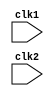
module mips_pipe (clk1, clk2);

	input clk1, clk2;
	
	reg [31:0] PC, IF_ID_IR, IF_ID_NPC; 
	reg [31:0] ID_EX_IR, ID_EX_NPC, ID_EX_A, ID_EX_B, ID_EX_Imm;
	reg [2:0] ID_EX_type, EX_MEM_type, MEM_WB_type;
	reg [31:0] EX_MEM_IR, EX_MEM_ALUout, EX_MEM_B;
	reg EX_MEM_cond;
	reg [31:0] MEM_WB_IR, MEM_WB_ALUout, MEM_WB_LMD;
	
	reg [31:0] Reg [0:31]; // register bank
	reg [31:0] Mem [0:1023]; // memory
	
	parameter ADD = 6'b000000, SUB = 6'b000001, AND = 6'b000010, OR = 6'b000011, SLT = 6'b000100, MUL = 6'b000101, HLT = 6'b111111,LW = 6'b001000,SW=6'b001001, ADDI = 6'b001010, SUBI = 6'b001011, SLTI = 6'b001100, BNEQZ = 6'b001101, BEQZ = 6'b001110;
	
	parameter RR_ALU = 3'b000, RM_ALU = 3'b001, LOAD = 3'b010, STORE = 3'b011, BRANCH = 3'b100, HALT = 3'b101;

	reg HALTED;
	reg TAKEN_BRANCH;
	
	
	always @ (posedge clk1)				// IF Stage
		if (HALTED == 0)
		begin
			if (((EX_MEM_IR[31:26] == BEQZ) && (EX_MEM_cond == 1)) ||
				((EX_MEM_IR[31:26] == BNEQZ) && (EX_MEM_cond == 0)))
				// basically if we are branching
				begin
					IF_ID_IR <= #2 Mem[EX_MEM_ALUout];
					TAKEN_BRANCH <= #2 1'b1;
					IF_ID_NPC <= #2 EX_MEM_ALUout + 1;
					PC <= #2 EX_MEM_ALUout + 1;
				end
			else
				begin
					IF_ID_IR <= #2 Mem[PC];
					IF_ID_NPC <= #2 PC + 1;
					PC <= #2 PC + 1;
				end
		end
		
	
	always @ (posedge clk2)				// ID Stage
	// decode instruction, pre-fetch source registers, sign extend 16 bit offset
		if (HALTED == 0)
		begin
			if (IF_ID_IR[25:21] == 5'b00000) ID_EX_A <= 0;
			// first 6 bits opcode, next 5 bits specify rs
			// in MIPS 32 we assume reg 0 contains zero and can"t store anything else
			else ID_EX_A <= #2 Reg[IF_ID_IR[25:21]]; // rs
			
			if (IF_ID_IR[20:16] == 5'b00000) ID_EX_B <= 0;
			else ID_EX_B <= #2 Reg[IF_ID_IR[20:16]]; // rt
			
			ID_EX_NPC <= #2 IF_ID_NPC;
			ID_EX_IR <= #2 IF_ID_IR;
			ID_EX_Imm <= #2 {{16{IF_ID_IR[15]}}, {IF_ID_IR[15:0]}};
			
			case (IF_ID_IR[31:26])
				ADD, SUB, AND, OR, SLT, MUL: ID_EX_type <= #2 RR_ALU;
				ADDI, SUBI, SLTI: ID_EX_type <= #2 RM_ALU;
				LW: ID_EX_type <= #2 LOAD;
				SW: ID_EX_type <= #2 STORE;
				BEQZ, BNEQZ: ID_EX_type <= #2 BRANCH;
				HLT: ID_EX_type <= #2 HALT;
				default: ID_EX_type <= #2 HALT;
			endcase
		end
			
	
	always @ (posedge clk1)			// EX Stage
		if (HALTED == 0)
		begin
			EX_MEM_type <= #2 ID_EX_type;
			EX_MEM_IR <= #2 ID_EX_IR;
			TAKEN_BRANCH <= #2 0; // reset taken branch to zero
			
			case (ID_EX_type)
				RR_ALU: begin
							case (ID_EX_IR[31:26]) // opcode
								ADD: EX_MEM_ALUout <= #2 ID_EX_A + ID_EX_B;
								SUB: EX_MEM_ALUout <= #2 ID_EX_A - ID_EX_B;
								AND: EX_MEM_ALUout <= #2 ID_EX_A & ID_EX_B;
								OR: EX_MEM_ALUout <= #2 ID_EX_A | ID_EX_B;
								SLT: EX_MEM_ALUout <= #2 ID_EX_A < ID_EX_B;
								MUL: EX_MEM_ALUout <= #2 ID_EX_A * ID_EX_B;
								default: EX_MEM_ALUout <= #2 32'hxxxxxxxx;
							endcase
						end
				RM_ALU: begin
							case (ID_EX_IR[31:26])
								ADDI: EX_MEM_ALUout <= #2 ID_EX_A + ID_EX_Imm;
								SUBI: EX_MEM_ALUout <= #2 ID_EX_A - ID_EX_Imm;
								SLTI: EX_MEM_ALUout <= #2 ID_EX_A < ID_EX_Imm;
								default: EX_MEM_ALUout <= #2 32'hxxxxxxxx;
							endcase
						end
				LOAD, STORE: begin
								EX_MEM_ALUout <= #2 ID_EX_A + ID_EX_Imm;
								EX_MEM_B <= #2 ID_EX_B;
							end
				BRANCH: begin
							EX_MEM_ALUout <= #2 ID_EX_NPC + ID_EX_Imm;
							EX_MEM_cond <= #2 (ID_EX_A == 0);
						end
			endcase
		end
		
	
	always @ (posedge clk2) 		// MEM Stage
		if (HALTED == 0)
		begin
			MEM_WB_type <= #2 EX_MEM_type;
			MEM_WB_IR <= #2 EX_MEM_IR;
			
			case (EX_MEM_type)
				RR_ALU, RM_ALU:
					MEM_WB_ALUout <= #2 EX_MEM_ALUout;
				LOAD: MEM_WB_LMD <= #2 Mem[EX_MEM_ALUout];
				STORE: if (TAKEN_BRANCH == 0) // disable write if taken branch is 1
							Mem[EX_MEM_ALUout] <= EX_MEM_B;
			endcase
		end
		
	
	always @ (posedge clk1) 			// WB Stage
		begin
			if (TAKEN_BRANCH == 0) // disable write if branch is taken
			// if branch is taken, there has been a branch instruction and we need to shut down the write commands, as the instructions are all dummy instructions. 
			case (MEM_WB_type)
				RR_ALU: Reg[MEM_WB_IR[15:11]] <= #2 MEM_WB_ALUout; // rd
				RM_ALU: Reg[MEM_WB_IR[20:16]] <= #2 MEM_WB_ALUout; // rt
				LOAD: Reg[MEM_WB_IR[20:16]] <= #2 MEM_WB_LMD; // rt
				HALT: HALTED <= #2 1'b1;
			endcase
		end

endmodule